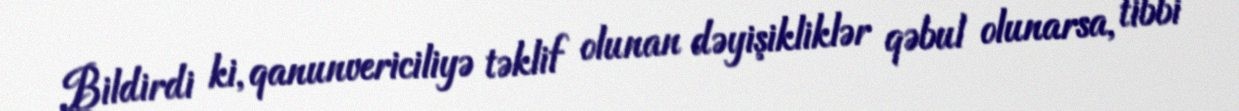
Bildirdi ki, qanunvericiliyə təklif olunan dəyişikliklər qəbul olunarsa, tibbi